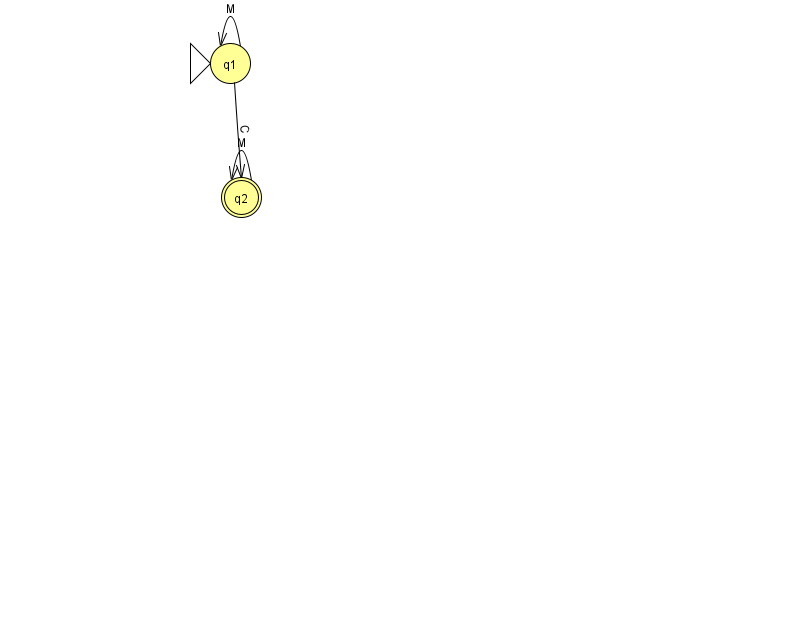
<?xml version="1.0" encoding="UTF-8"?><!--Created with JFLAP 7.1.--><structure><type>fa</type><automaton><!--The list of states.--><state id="1" name="q1"><x>230.0</x><y>50.0</y><initial/></state><state id="2" name="q2"><x>241.0</x><y>184.0</y><final/></state><!--The list of transitions.--><transition><from>1</from><to>2</to><read>C</read></transition><transition><from>1</from><to>1</to><read>M</read></transition><transition><from>2</from><to>2</to><read>M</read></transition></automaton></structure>